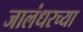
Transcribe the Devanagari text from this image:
जालंधरच्या